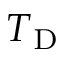
\boldsymbol { T } _ { \mathrm { D } }